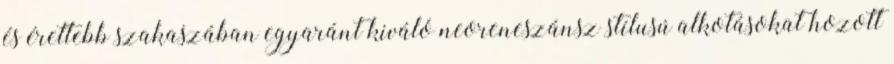
és érettebb szakaszában egyaránt kiváló neoreneszánsz stílusú alkotásokat hozott